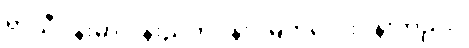
ရာသီပန်းမှာ ပုန်းညက်ပန်း၊ မြတ်လေးပန်းတည်း။